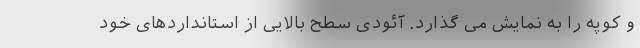
و کوپه را به نمایش می گذارد. آئودی سطح بالایی از استانداردهای خود